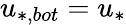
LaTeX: u_{*,bot}=u_{*}